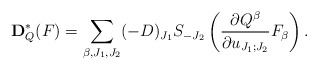
\begin{align*}\bold{D}_Q^{\ast}(F)=\sum_{\beta,J_1,J_2}(-D)_{J_1}S_{-J_2}\left(\frac{\partial Q^{\beta}}{\partial u_{J_1;J_2}}F_{\beta}\right).\end{align*}